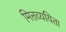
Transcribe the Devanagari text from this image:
मित्तव्ययिता